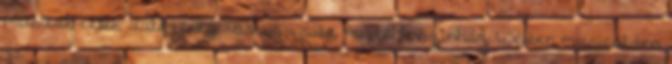
musical, celeb, dalszöveg, vastag csaba, madách színház Webber musical-ben